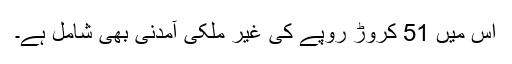
اس میں 51 کروڑ روپے کی غیر ملکی آمدنی بھی شامل ہے۔